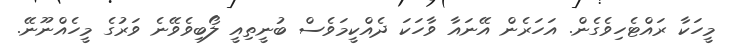
މީހަކާ ރައްޓެހިވެގެން. އަހަރެން އޭނައާ ވާހަކަ ދެއްކީމަވެސް ބުނީތިއީ ލޯބިވެވޭނެ ވަރުގެ މީހެއްނޫނޭ.